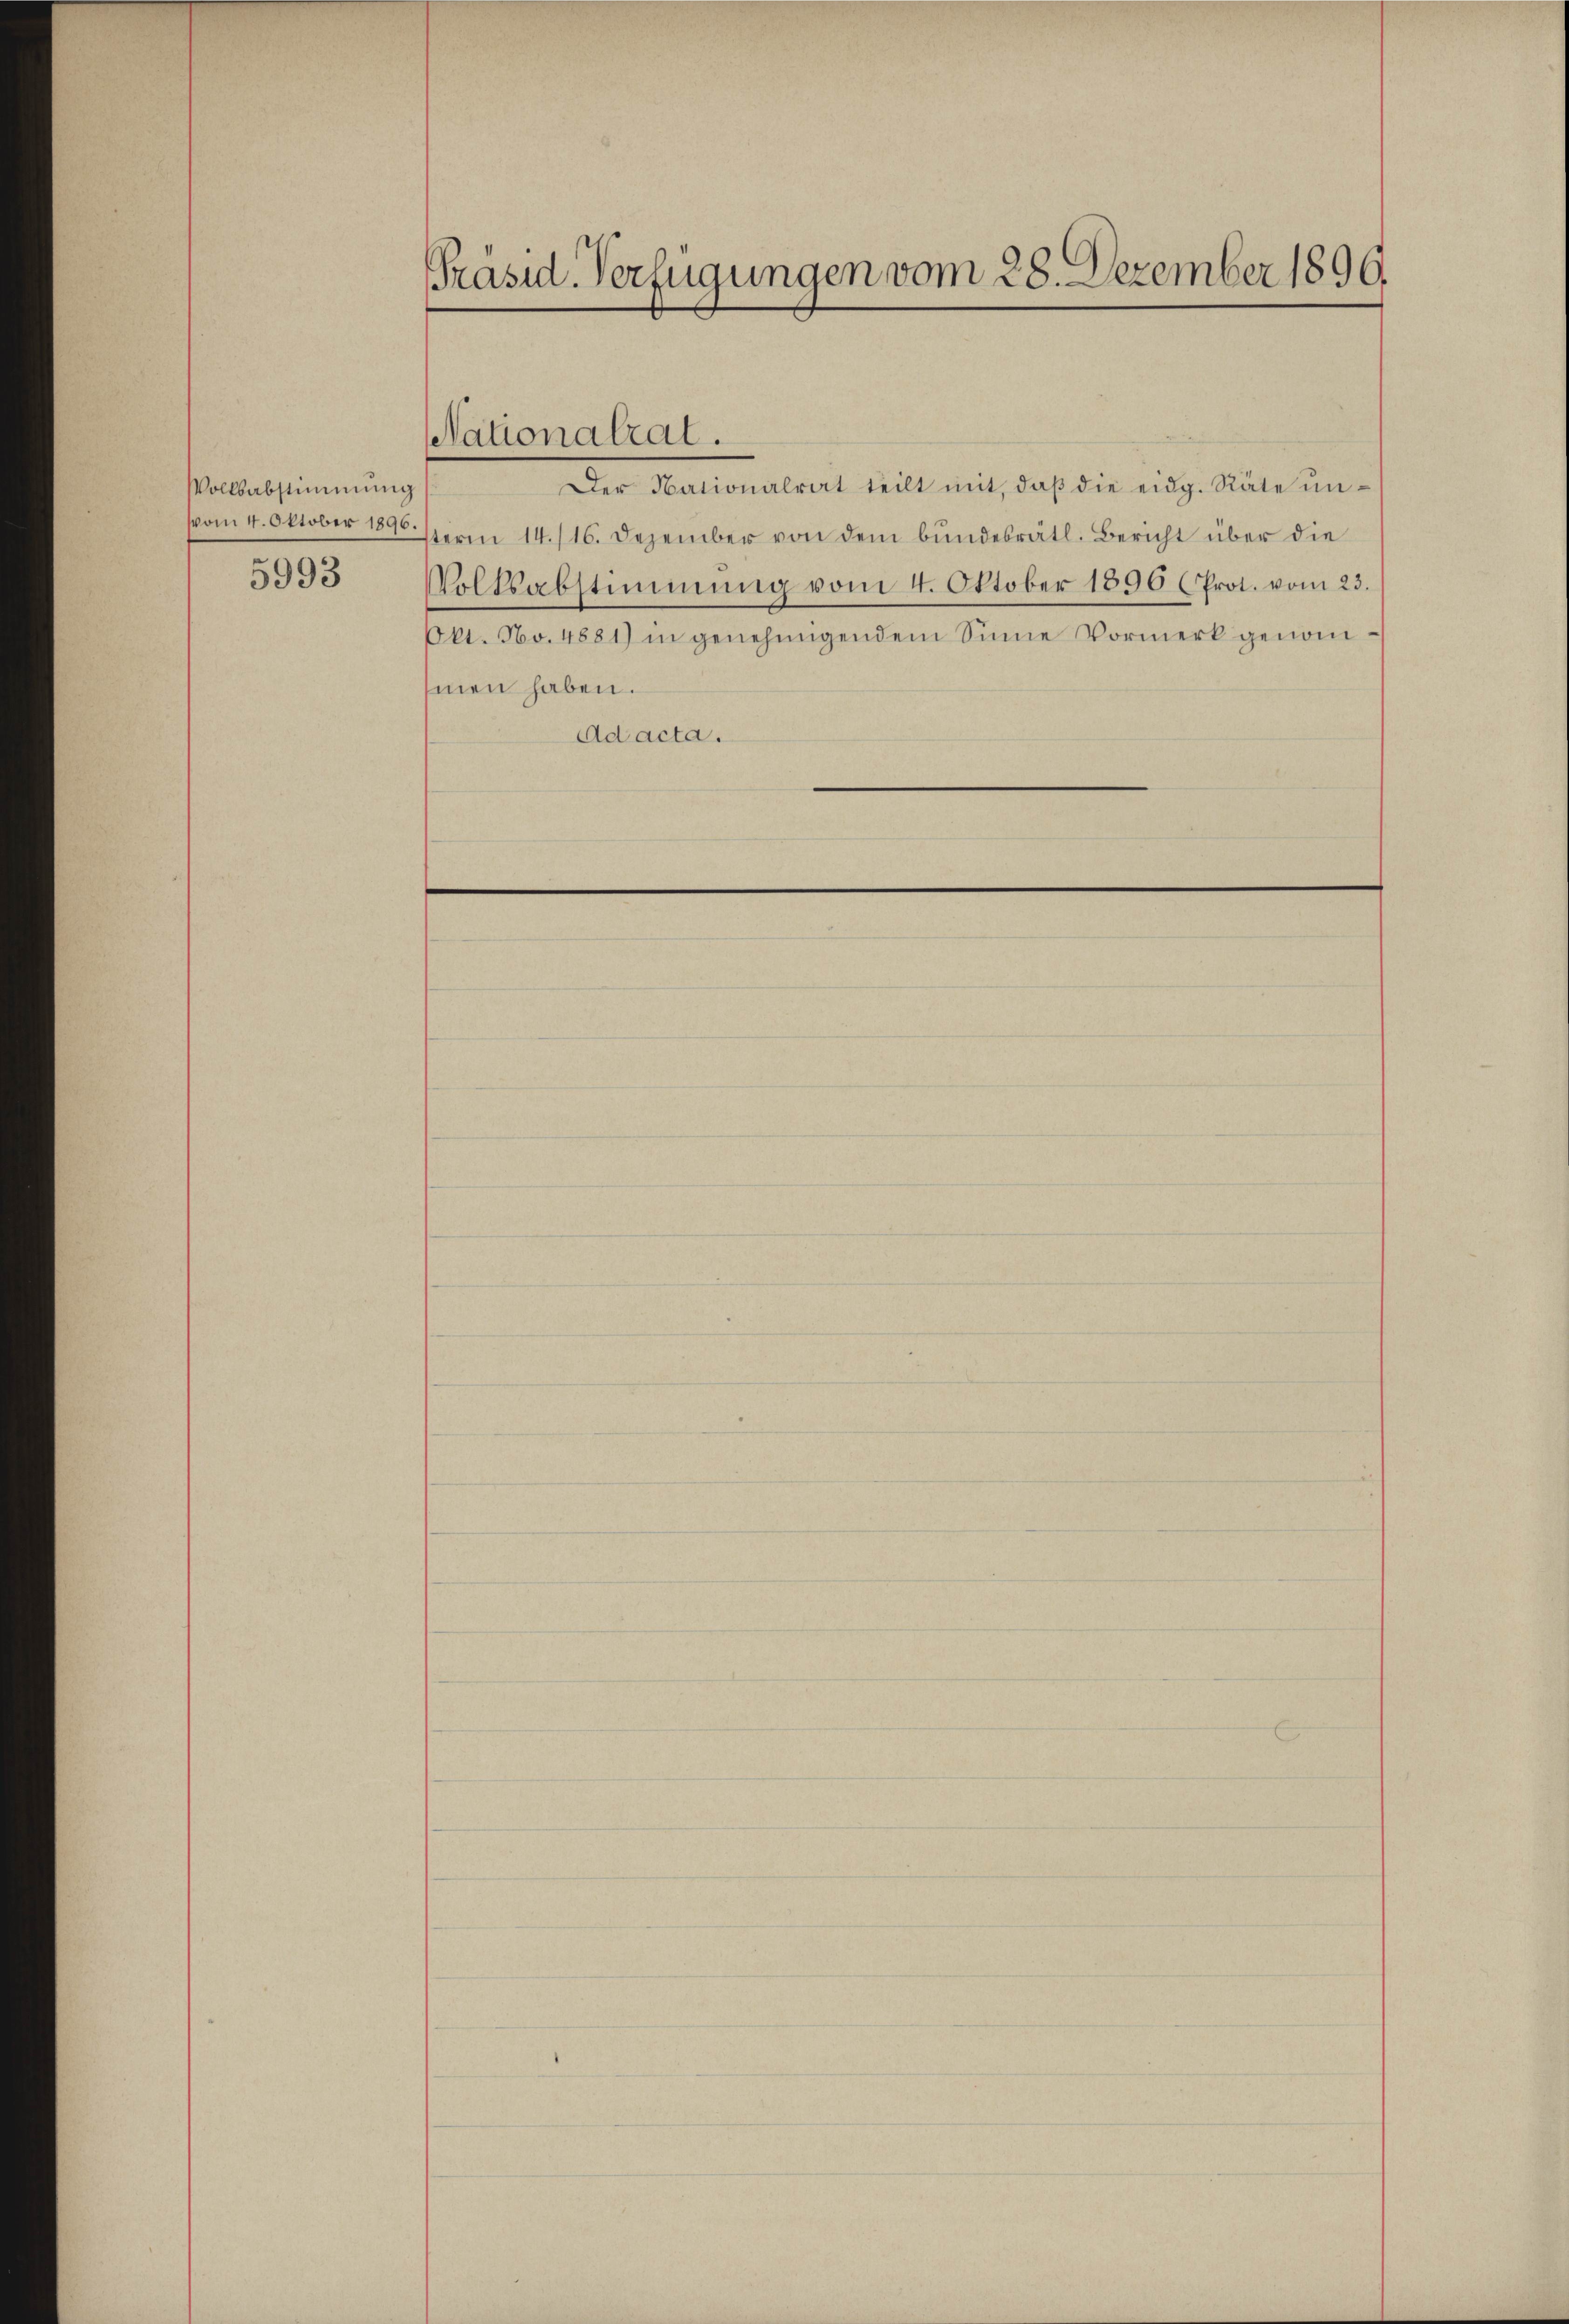
Volksabstimmung
vom 4. Oktober 1896.
e
3993

Präsid. Verfügungen vom 28. Dezember 1890.

Nationalrat.

Der Nationalrat teilt mit, daβ die eidg. Räte unsterm 14./16. Dezember von dem bundesrätl. Bericht über die
Volksabstimmung vom 4. Oktober 1896 (Prot. vom 23.
601. No. 4881) in genehmigendem Sinne Vormerk genommen haben.
Ad acta.